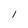
Character: l